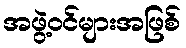
အဖွဲ့ဝင်များအဖြစ်